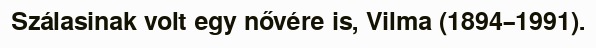
Szálasinak volt egy nővére is, Vilma (1894–1991).